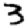
Digit: 3